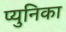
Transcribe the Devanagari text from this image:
प्युनिका